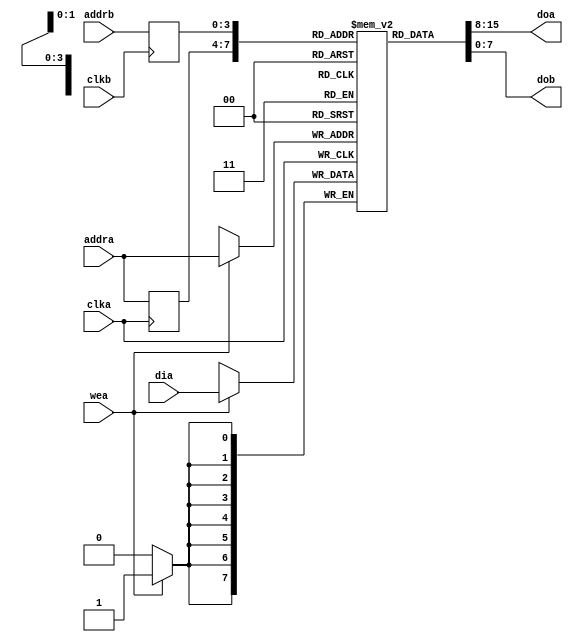
// simple ram structure to 
// allocate memory and control read/write access
// to that memory.

module fifo_ram 
   #(parameter ADDR_WIDTH = 4, DATA_WIDTH=8)
   (
    input  clka,
    input  clkb,
    input  wea,
    input  [ADDR_WIDTH-1:0] addra,
    input  [ADDR_WIDTH-1:0] addrb,
    input  [DATA_WIDTH-1:0] dia,
    output [DATA_WIDTH-1:0] doa,
    output [DATA_WIDTH-1:0] dob
    );

   reg [DATA_WIDTH-1:0]     RAM [(1<<ADDR_WIDTH)-1:0];
   reg [ADDR_WIDTH-1:0]     read_addra;
   reg [ADDR_WIDTH-1:0]     read_addrb;
   always @(posedge clka) begin
      if (wea == 1'b1) RAM[addra] <= dia;
      read_addra <= addra;
   end
   always @(posedge clkb) begin
      read_addrb <= addrb;
   end
   assign doa = RAM[read_addra];
   assign dob = RAM[read_addrb];
endmodule